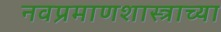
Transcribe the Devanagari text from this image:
नवप्रमाणशास्त्राच्या